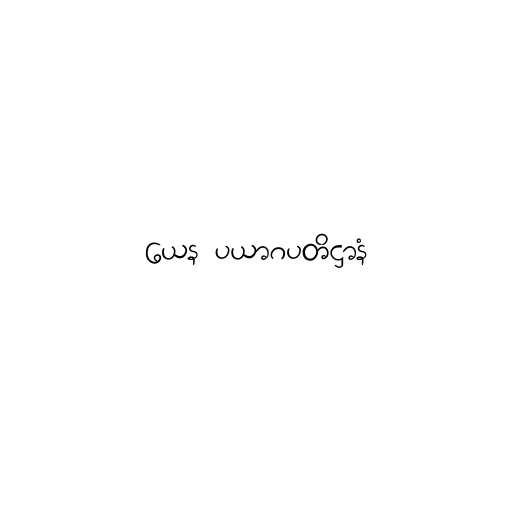
ယေန ပယာဂပတိဋ္ဌာနံ